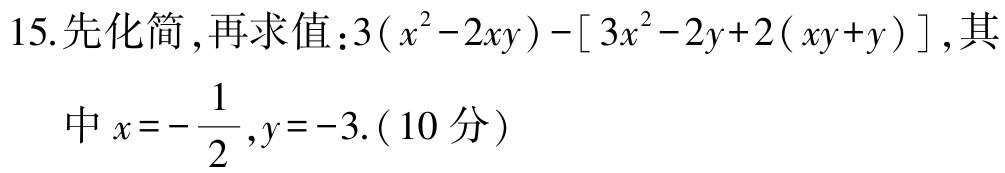
15.先化简,再求值：$3(x^{2}-2xy)-[3x^{2}-2y + 2(xy + y)]$,其
中$x = -\frac{1}{2},y = -3$.（10分）